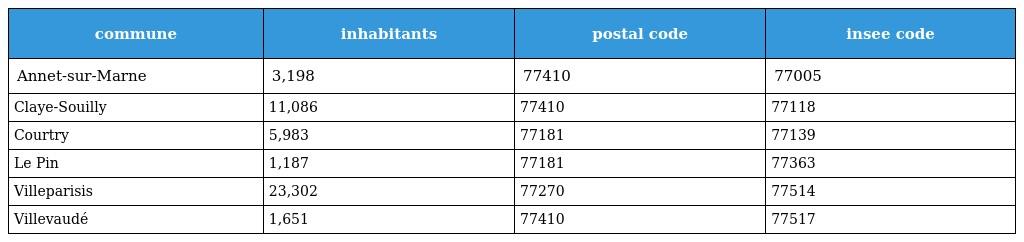
| commune | inhabitants | postal code | insee code |
 | --- | --- | --- | --- |
 | Annet-sur-Marne | 3,198 | 77410 | 77005 |
 | Claye-Souilly | 11,086 | 77410 | 77118 |
 | Courtry | 5,983 | 77181 | 77139 |
 | Le Pin | 1,187 | 77181 | 77363 |
 | Villeparisis | 23,302 | 77270 | 77514 |
 | Villevaudé | 1,651 | 77410 | 77517 |